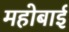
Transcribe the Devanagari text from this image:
महोबाई